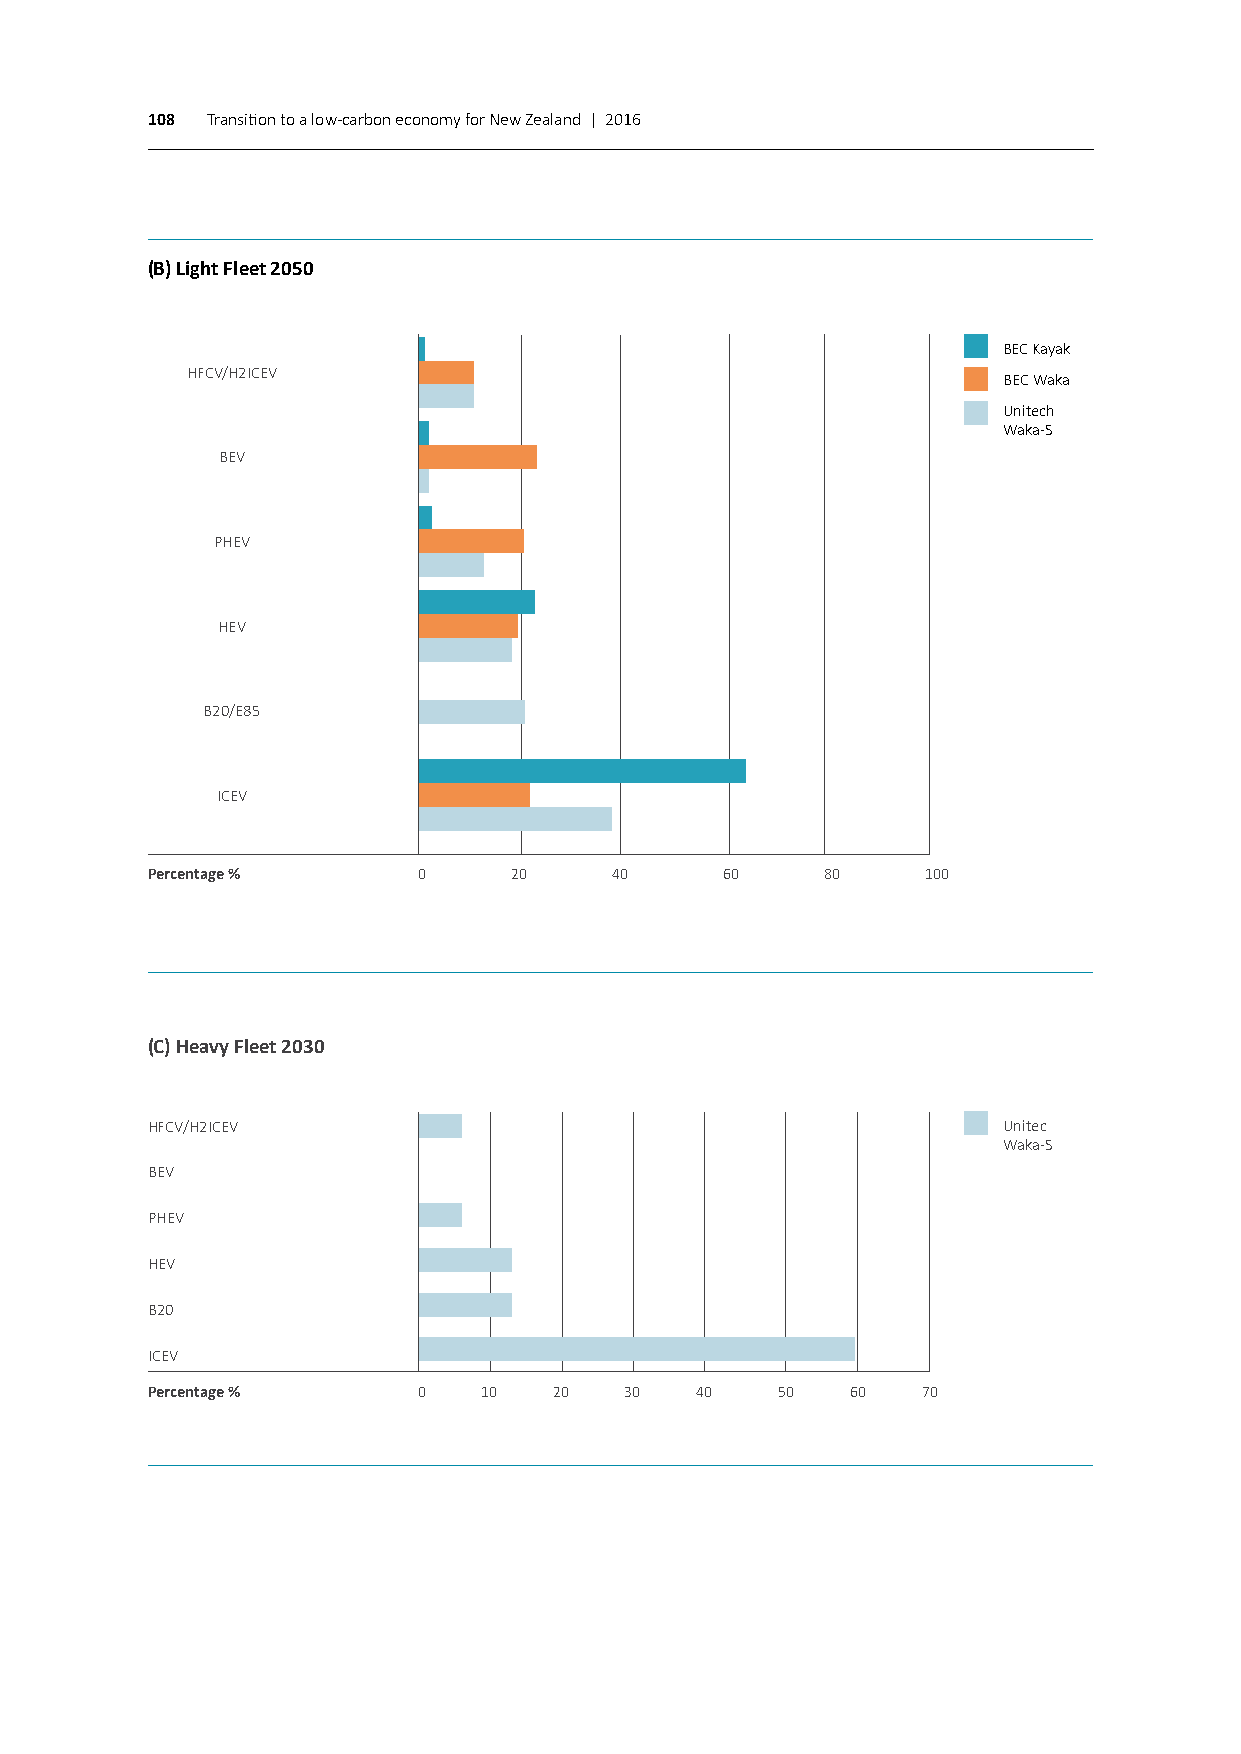
108 Transition to a low-carbon economy for New Zealand | 2016
 (B) Light Fleet 2050
 BEC Kayak
 HFCV/H2ICEV
 BEC Waka
 Unitech
 Waka-S
 BEV
 PHEV
 HEV
 B20/E85
 ICEV
 Percentage %      0     20    40      60     80    100
 (C) Heavy Fleet 2030
 HFCV/H2ICEV                                             Unitec
 Waka-S
 BEV
 PHEV
 HEV
 B20
 ICEV
 Percentage %      0   10   20  30   40    50  60   70